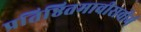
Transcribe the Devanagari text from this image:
प्रतिष्ठितमावीरावीर्म